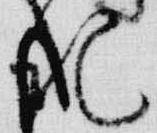
記